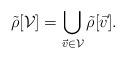
LaTeX: \begin{align*}\tilde{\rho}[\mathcal{V}]=\bigcup_{\vec{v}\in\mathcal{V}} \tilde{\rho}[\vec{v}].\end{align*}